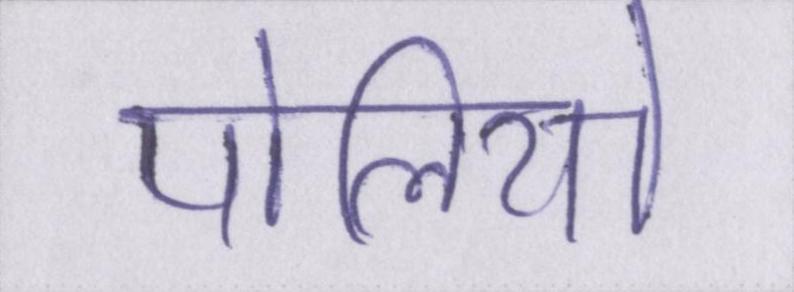
पोलियो